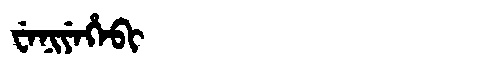
Manchu: ᠸᡝᠨᡳᠶᡝᡥᡝᠪᡳ
Romanization: WENIYEHEBI